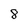
Character: 8